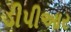
ડીપીઆર